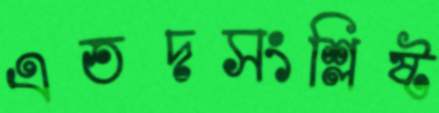
এতদসংশ্লিষ্ট